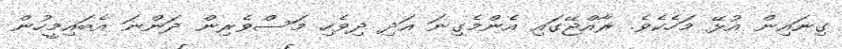
ގިނައިން އުޅޭ މަހެކެވެ. ރާއްޖޭގައި އެންމެގިނަ އަދި ދިވެހި މަސްވެރިން ދަންނަ އެބައިމީހުން